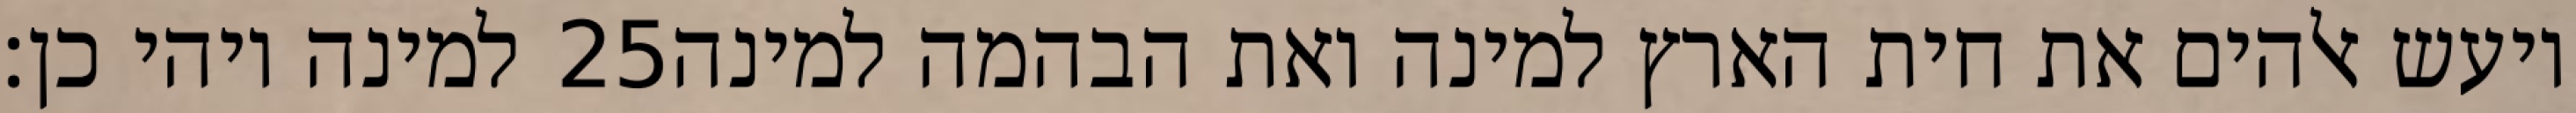
למינה ויהי כן׃ ‎25‏ ויעש אלהים את חית הארץ למינה ואת הבהמה למינה